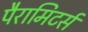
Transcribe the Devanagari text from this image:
पैरामिटर्स